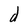
Character: d